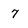
Character: 7